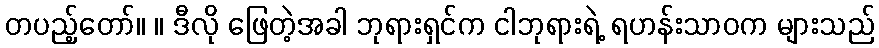
တပည့်တော်။ ။ ဒီလို ဖြေတဲ့အခါ ဘုရားရှင်က ငါဘုရားရဲ့ ရဟန်းသာဝက များသည်